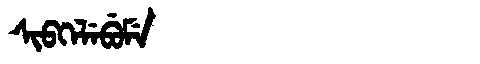
Manchu: ᠰᡳᠪᡴᡝᠯᡝᠪᡠᠮᡝ
Romanization: SIBKELEBUME